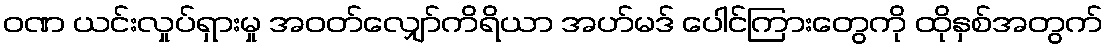
ဝဏ ယင်းလှုပ်ရှားမှု အဝတ်လျှော်ကိရိယာ အဟ်မဒ် ပေါင်ကြားတွေကို ထိုနှစ်အတွက်